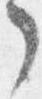
了